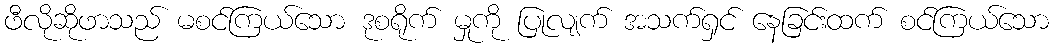
ဖီလိုဆိုဖာသည် မစင်ကြယ်သော ဒုစရိုက် မှုကို ပြုလျက် အသက်ရှင် နေခြင်းထက် စင်ကြယ်သော